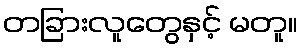
တခြားလူတွေနှင့် မတူ။